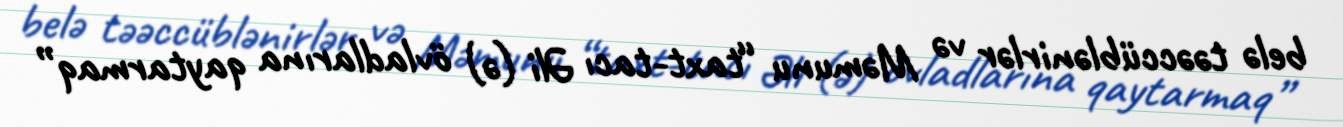
belə təəccüblənirlər və Məmunu “taxt-tacı Əli (ə) övladlarına qaytarmaq”